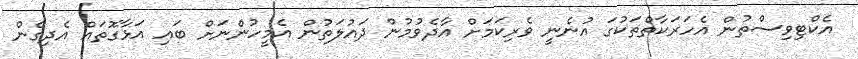
އެކްޓިވިސްތުން އެހަރަކާތްތަކުގަ އުނެނީ ވެރިކަމަށް އާދެވުމުން ދައުލަތުން އެމީހުންނަށް ބައި އަޅާގޮތައް އެދިގެން